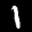
Label: 1